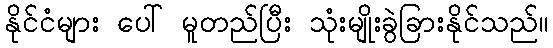
နိုင်ငံများ ပေါ် မူတည်ပြီး သုံးမျိုးခွဲခြားနိုင်သည်။